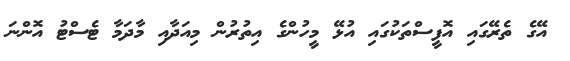
އޭގެ ތެރޭގައި އޮފީސްތަކުގައި އުޅޭ މީހުންގެ އިތުރުން މިއަދާއި މާދަމާ ޓެސްޓު އޮންނަ